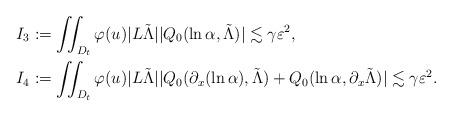
LaTeX: \begin{align*}&I_{3}:=\iint_{D_t}\varphi(u)|L\tilde{\Lambda}||Q_0(\ln \alpha,\tilde{\Lambda})|\lesssim \gamma \varepsilon^2,\\& I_4:= \iint_{D_t}\varphi(u)|L\tilde{\Lambda}||Q_0(\partial_x(\ln \alpha), \tilde{\Lambda})+Q_0(\ln \alpha, \partial_x \tilde{\Lambda})|\lesssim \gamma \varepsilon^2.\end{align*}